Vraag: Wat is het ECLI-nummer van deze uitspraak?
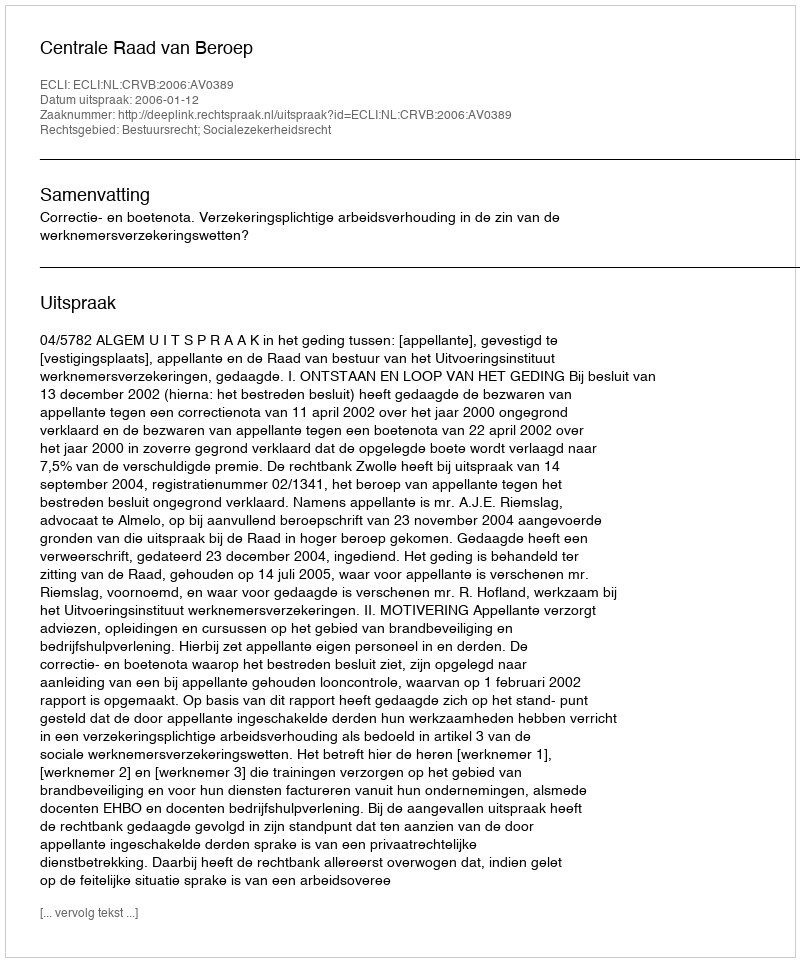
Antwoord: ECLI:NL:CRVB:2006:AV0389